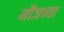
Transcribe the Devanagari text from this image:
मौजच्या